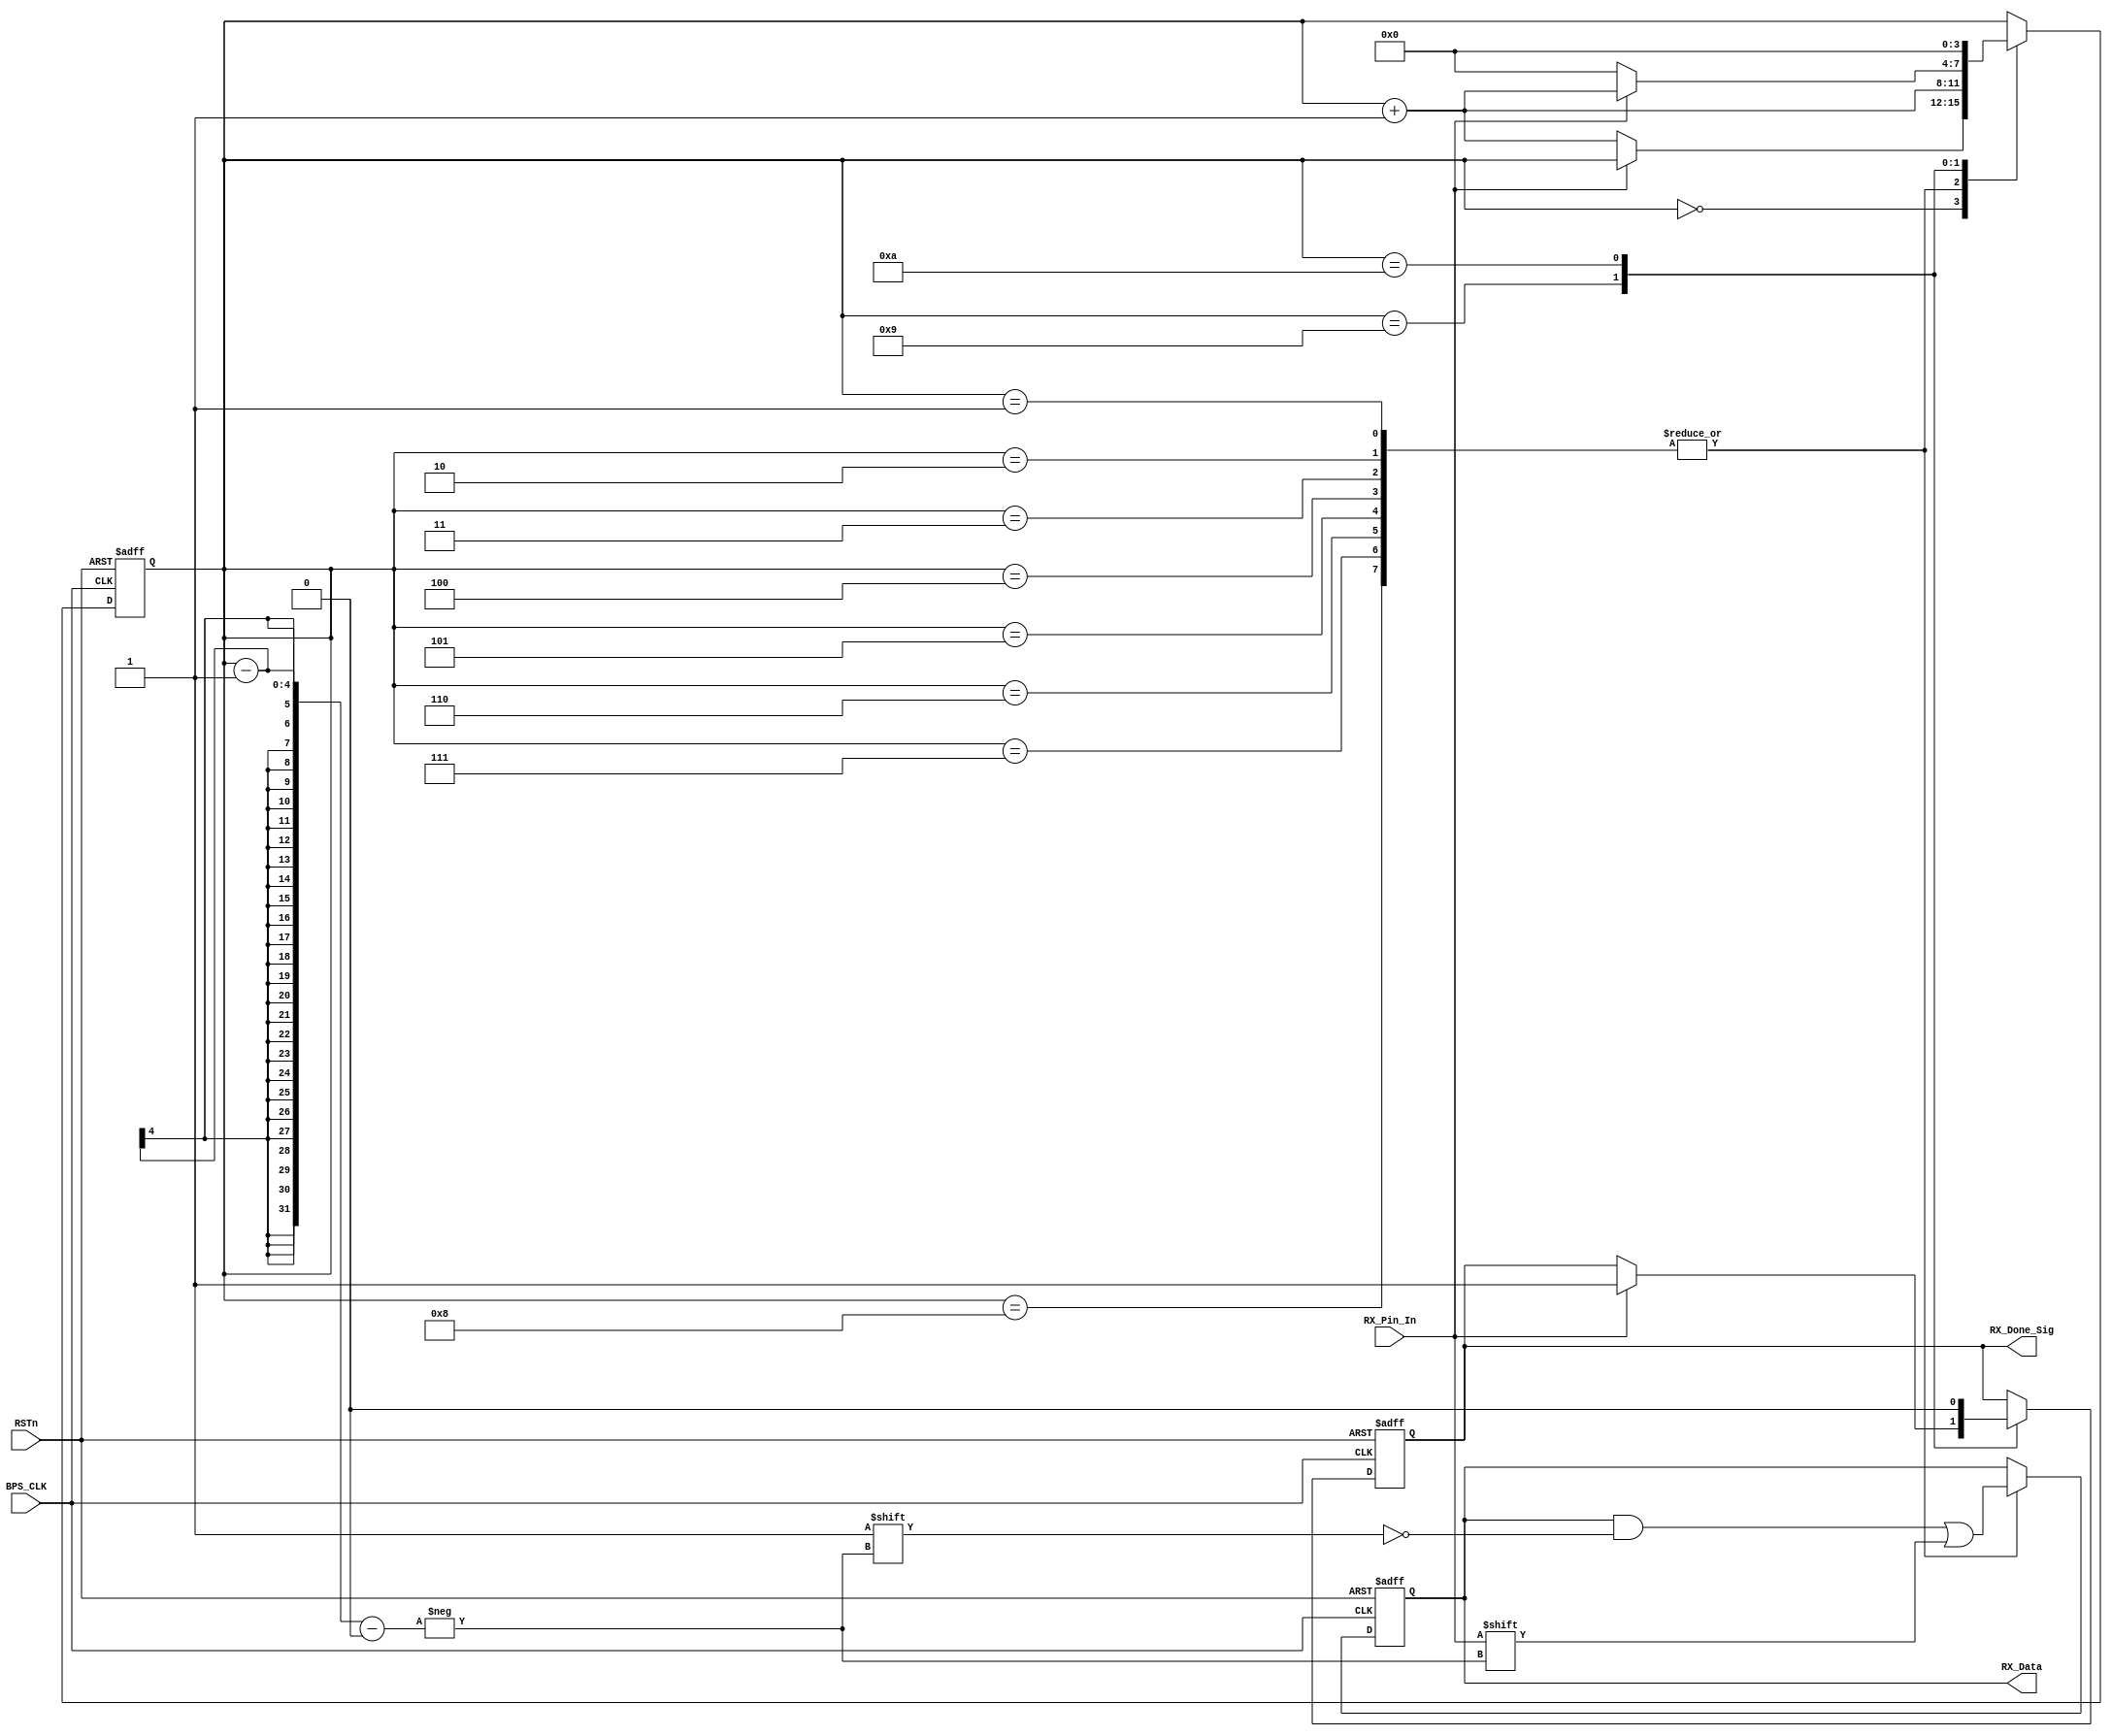
module uart_rx
				(
   				input RSTn,
   			    input BPS_CLK,
   				input RX_Pin_In,
   				output RX_Done_Sig,
   				output[7:0] RX_Data	
				);

 wire RX_En_Sig;
 assign RX_En_Sig = 1'd1;
 assign RX_Data = rData;
 assign RX_Done_Sig = isDone;	 	 		 
/********************************************************/

	 reg [3:0]i;
	 reg [7:0]rData;
	 reg isDone;
	
	 always @ ( posedge BPS_CLK or negedge RSTn )
	     if( !RSTn )
		      begin 
		          i <= 4'd0;
					 rData <= 8'd0;
					 isDone <= 1'b0;	 
				end
		  else if( RX_En_Sig )//RX_En_Sig 置高时，模块开始定时采集
		      case ( i )
//				
			       4'd0 :  //检查到RX_Pin_In由高变低的电平变化，使步骤i进入第 0 位采集
					 if( !RX_Pin_In ) begin i <= i + 1'b1; end
			 
					 4'd1, 4'd2, 4'd3, 4'd4, 4'd5, 4'd6, 4'd7, 4'd8 ://对八位数据位进行采集，每一位数据位会依低位到最高位储存入 rData 寄存器
					 begin i <= i + 1'b1; rData[ i - 1 ] <= RX_Pin_In; end
			 
					 4'd9 ://对定时采集的停止位
					 if( RX_Pin_In ) begin i <= i + 1'b1; isDone <= 1'b1; end
					 else i <= 4'd0;
					 4'd10 : //一帧数据的采集工作已经结束
					 begin i <= 4'd0; isDone <= 1'b0; end				 
				endcase
				
 /********************************************************/

	 
	 

endmodule